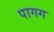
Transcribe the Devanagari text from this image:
पागग